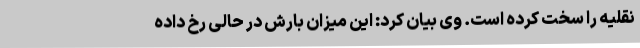
نقلیه را سخت کرده است. وی بیان کرد: این میزان بارش در حالی رخ داده